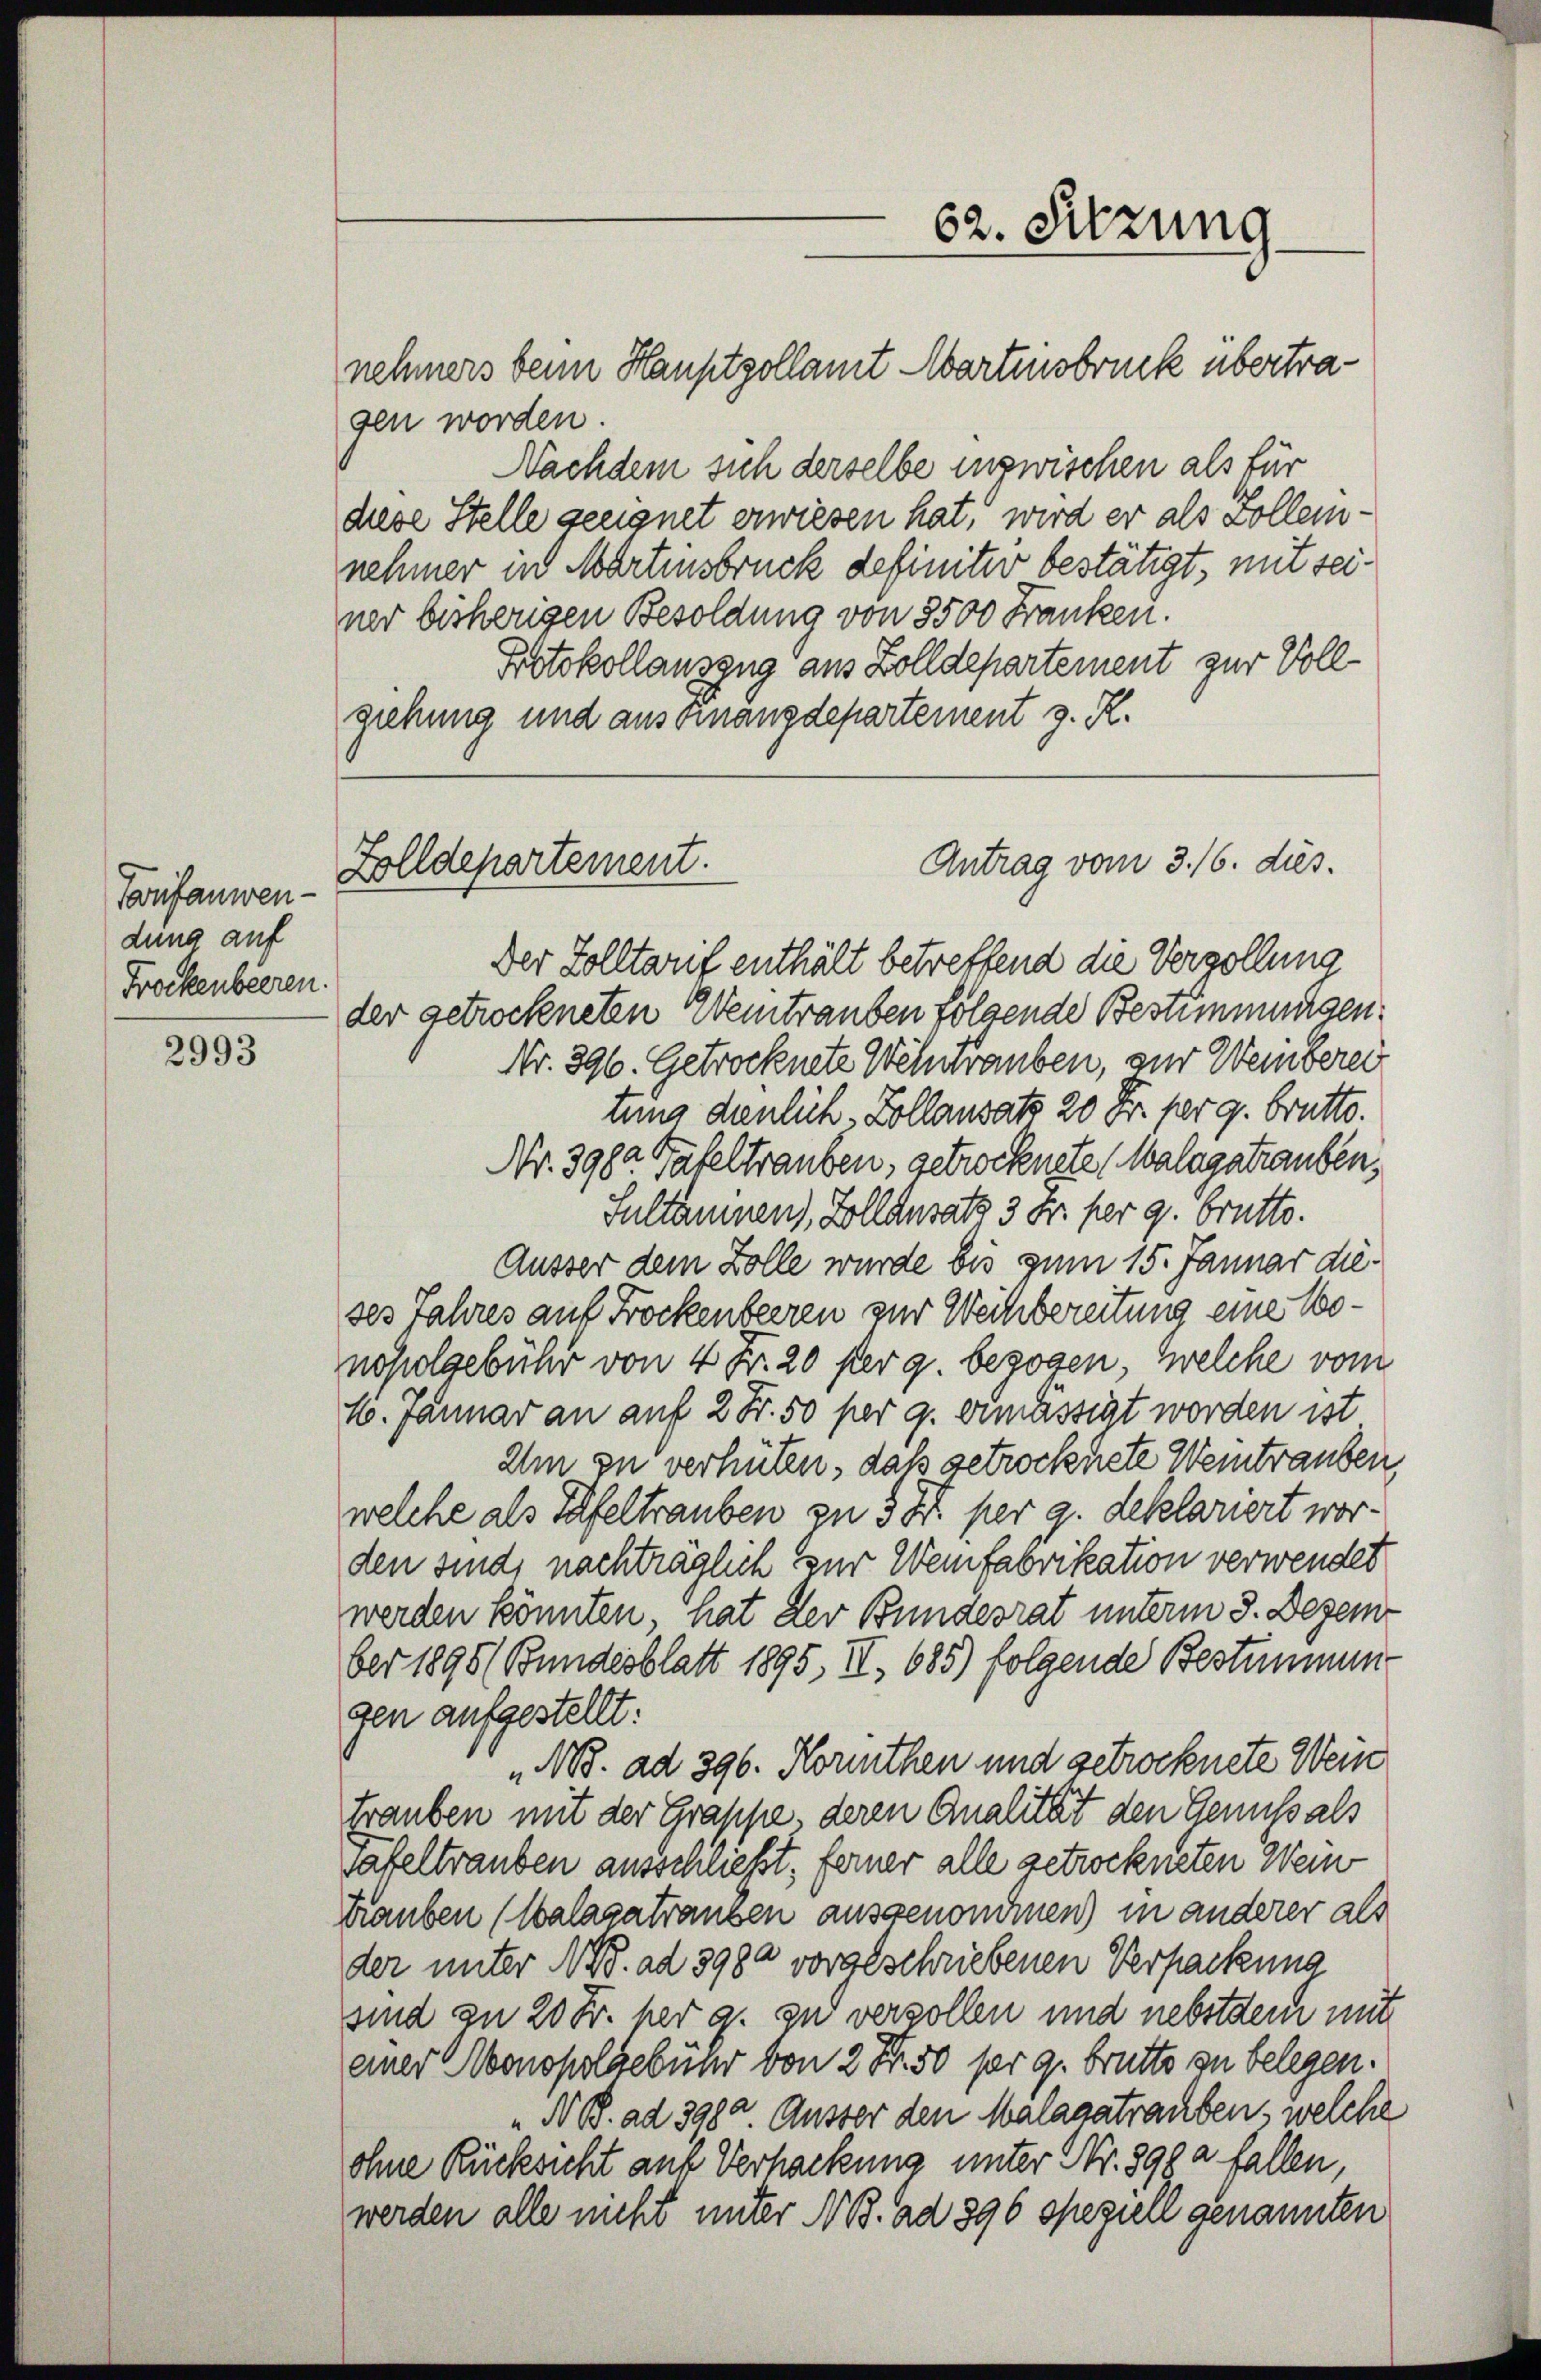
Tarifanwen-
dung auf
Frockenbeeren.

2993

nehmers beim Hauptzollamt Martensbruck übertragen worden.
Nachdem sich derselbe inzwischen als für
diese Stelle geeignet erwiesen hat, wird er als Zollennehmer in Martensbruck definitiv bestätigt, mit seiner bisherigen Besoldung von 8500 Franken.
Protokollauszug aus Zolldepartement zur Vollziehung und aus Finanzdepartement z. R.

Zolldepartement.

62. Sitzung

Antrag vom 3. 16. dies

Der Solltarif enthält betreffend die Vervollung
der getrockneten Weitrauben folgende Besummungen:
Nr. 396. Getrocknete Weltrauben, zur Weiberei
tung dienlich, Kollausatz 20 Fr. per 9. brutto.
Nr. 3982 Tafeltrauben, getrocknete Malagatrauben¬
Sultammen), Zollensatz 3 Fr. per 9. Brutto.
Äusser dem Zolle wurde bis zum 15. Januar dieses Jahres auf Trockenbeeren zur Weichbereitung eine Wonoholgebühr von 4 Fr. 20 per g. bezogen, welche vom
M. Januar an auf 2 Fr. 50 per g. ermässigt worden ist
Um zu verhüten, daß getrocknete Weintrauben,
welche als Tafeltrauben zu 3 Xr per 9. dekelariert worden sind, nachträglich zur Weinfabrikation verwendet
werden könnten, hat der Bundesrat unterm 3. Dezem
ber 1898 (Bundesblatt 1895, II., 685) folgende Bestimmen
gen aufgestellt:
„N. ad 396. Kornthen und getrocknete Wein
trauben mit der Grappe, deren Qualität den Genuss als
tafeltrauben ausschließt; ferner alle getrockneten Wein-
trauben (Walazatrangen ausgenommen) in anderer als
der unter N.W. ad 3980 vorgeschriebenen Verpackung
sind an 20 Fr. per g. zu versollen und nebstdem mit
einer Monopolgebung von 2 Fr. 50 pr 9. Brütte zu belegen.
„N B. ad 398. Ausser den Malagatraubens welche
ohne Rücksicht auf Verhackung unter Nr. 398 a fallen,
werden alle nicht unter No 13. ad 896 speziell genannten